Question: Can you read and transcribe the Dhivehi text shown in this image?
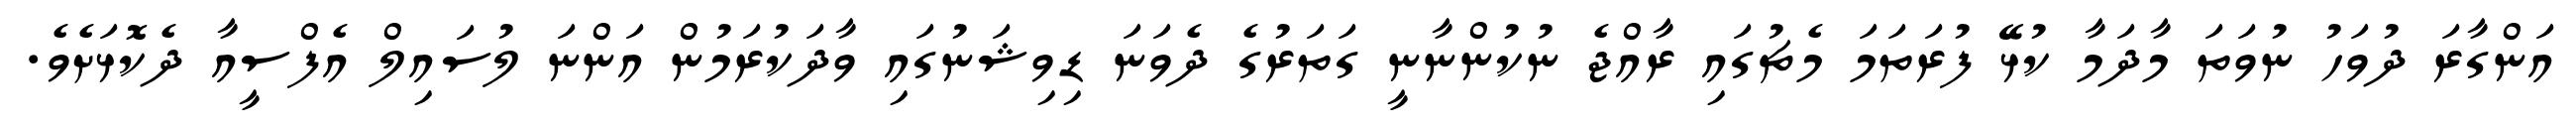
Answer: އަންގާރަ ދުވަހު ނުވަތަ މާދަމާ ކުޅޭ ފުރަތަމަ މެޗުގައި ރާއްޖެ ނުކުންނާނީ ގަތަރުގެ ދެވަނަ ޑިވިޝަނުގައި ވާދަކުރަމުން އަންނަ ލުސައިލް އެފްސީއާ ދެކޮޅަށެވެ.